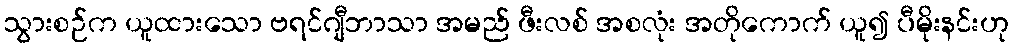
သွားစဉ်က ယူထားသော ဗရင်ဂျီဘာသာ အမည် ဖီးလစ် အစလုံး အတိုကောက် ယူ၍ ပီမိုးနင်းဟု